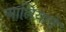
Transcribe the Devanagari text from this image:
आलियाने